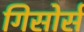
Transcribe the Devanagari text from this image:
गिसोर्स